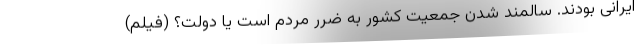
ایرانی بودند. سالمند شدن جمعیت کشور به ضرر مردم است یا دولت؟ (فیلم)